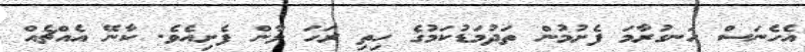
އެހެނަސް ހަނގުރާމަ ފެށުމުން ތަދުމަޑުކަމުގެ ހިތި ރަހަ ލާން ފެށިއެވެ. ކާނޭ އެއްޗެއް